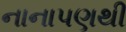
નાનાપણથી